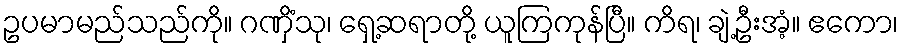
ဥပမာမည်သည်ကို။ ဂဏှိံသု၊ ရှေ့ဆရာတို့ ယူကြကုန်ပြီ။ ကိရ၊ ချဲ့ဦးအံ့။ ဧကော၊